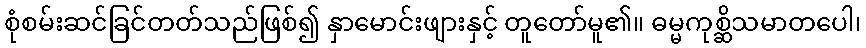
စုံစမ်းဆင်ခြင်တတ်သည်ဖြစ်၍ နှာမောင်းဖျားနှင့် တူတော်မူ၏။ ဓမ္မကုစ္ဆိသမာတပေါ၊